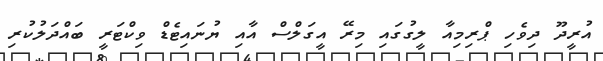
އުރީދޫ ދިވެހި ޕްރިމިއާ ލީގުގައި މިރޭ އީގަލްސް އާއި ޔުނައިޓެޑް ވިކްޓަރީ ބައްދަލުކުރި